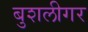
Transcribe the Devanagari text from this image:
बुशलीगर